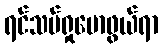
ရင်သပ်ရှုမောဖွယ်ရာ